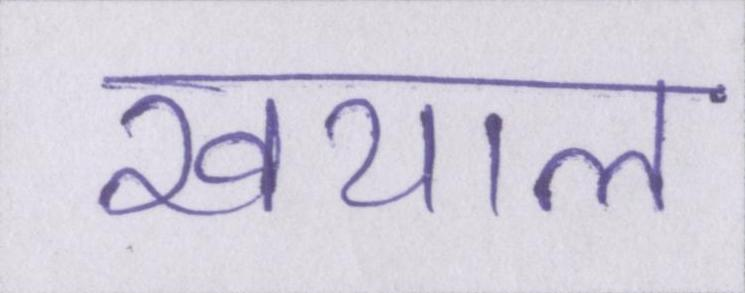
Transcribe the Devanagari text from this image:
खयाल